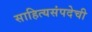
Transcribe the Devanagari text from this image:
साहित्यसंपदेची